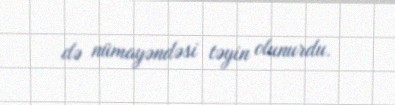
də nümayəndəsi təyin olunurdu.